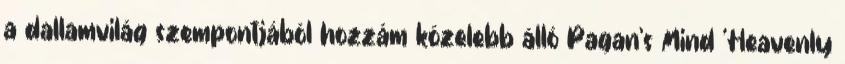
a dallamvilág szempontjából hozzám közelebb álló Pagan’s Mind ’Heavenly